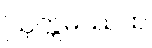
ဩက္ကမိဿထ